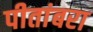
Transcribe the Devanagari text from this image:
पीतांबरा